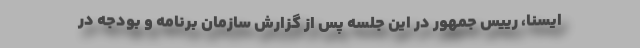
ایسنا، رییس جمهور در این جلسه پس از گزارش سازمان برنامه و بودجه در